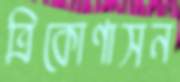
ত্রিকোণাসন